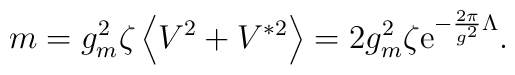
m=g_m^2\zeta \left<V^2+V^{*2}\right>=2g_m^2\zeta {\rm e}^{-{2\pi\over g^2}\Lambda}.